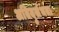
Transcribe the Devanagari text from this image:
अतिदुर्लभता